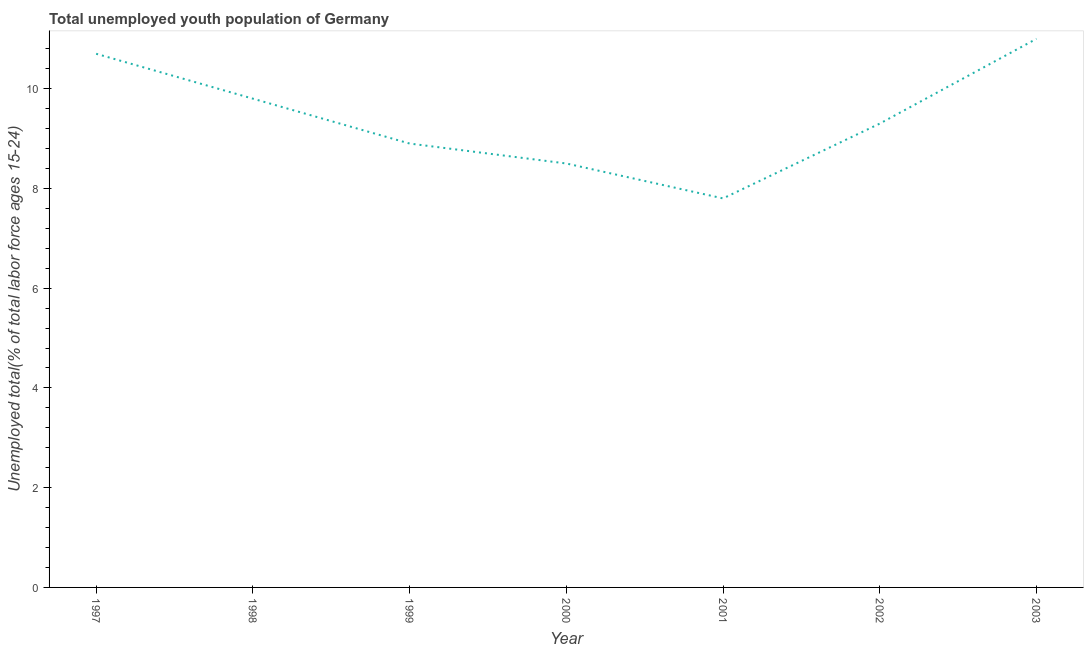
| Year | Unemployment youth total |
 | --- | --- |
 | 1997 | 10.7 |
 | 1998 | 9.8 |
 | 1999 | 8.9 |
 | 2000 | 8.5 |
 | 2001 | 7.8 |
 | 2002 | 9.3 |
 | 2003 | 11 |